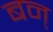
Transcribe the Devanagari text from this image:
बन्